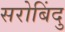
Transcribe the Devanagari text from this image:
सरोबिंदु